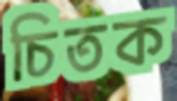
চিতক